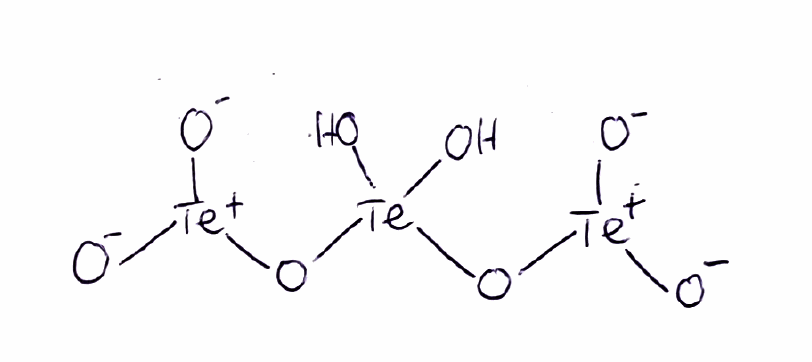
Simplified molecular-input line-entry system (SMILES) notation of the given molecule:
O[Te](O)(O[Te+]([O-])[O-])O[Te+]([O-])[O-]